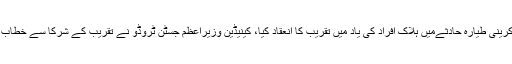
میڈیارپورٹس کے مطابق کینیڈا کے شہر ایڈمنٹن میں یوکرینی طیارہ حادثےمیں ہلاک افراد کی یاد میں تقریب کا انعقاد کیا، کینیڈین وزیراعظم جسٹن ٹروڈو نے تقریب کے شرکا سے خطاب میں کہا کہ اس قسم کا سانحہ ہرگز نہیں ہونا چاہیے تھا۔